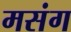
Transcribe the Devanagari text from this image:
मसंग